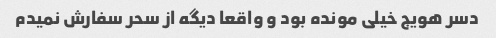
دسر هویج خیلی مونده بود و واقعا دیگه از سحر سفارش نمیدم